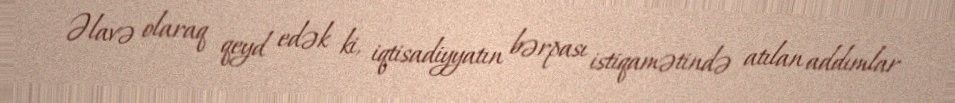
Əlavə olaraq qeyd edək ki, iqtisadiyyatın bərpası istiqamətində atılan addımlar